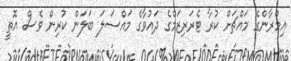
އިމްރާންގެ މައްޗަށް ކުރާ ޓެރަރިޒަމްގެ ދައުވާގެ މައްސަލަ ބަލަން ކުރިން ވެސް އޮތީ